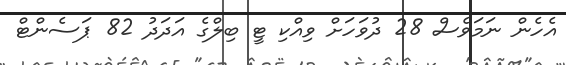
އެހެން ނަމަވެސް 28 ދުވަހަށް ވިއްކި ޓީ ބިލްގެ އަދަދު 82 ޕަސެންޓް